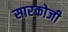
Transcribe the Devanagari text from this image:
सारकोजी